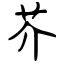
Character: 芥